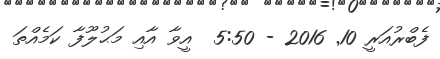
ފެބްރުއަރީ 10